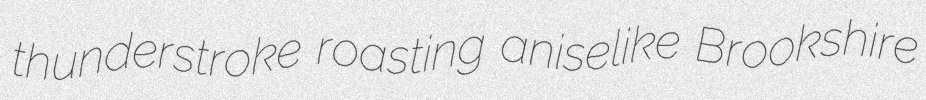
thunderstroke roasting aniselike Brookshire